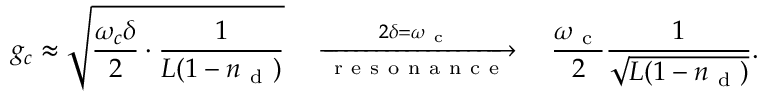
g _ { c } \approx \sqrt { \frac { \omega _ { c } \delta } { 2 } \cdot \frac { 1 } { L ( 1 - n _ { \mathrm { ~ d ~ } } ) } } \quad \xrightarrow [ \mathrm { ~ r ~ e ~ s ~ o ~ n ~ a ~ n ~ c ~ e ~ } ] { \; 2 \delta = \omega _ { \mathrm { ~ c ~ } } \; } \quad \frac { \omega _ { \mathrm { ~ c ~ } } } { 2 } \frac { 1 } { \sqrt { L ( 1 - n _ { \mathrm { ~ d ~ } } ) } } .